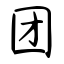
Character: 团